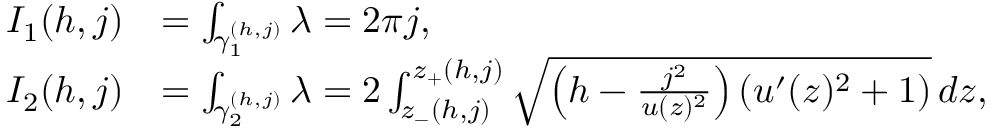
\begin{array} { r l } { I _ { 1 } ( h , j ) } & { = \int _ { \gamma _ { 1 } ^ { ( h , j ) } } \lambda = 2 \pi j , } \\ { I _ { 2 } ( h , j ) } & { = \int _ { \gamma _ { 2 } ^ { ( h , j ) } } \lambda = 2 \int _ { z _ { - } ( h , j ) } ^ { z _ { + } ( h , j ) } \sqrt { \left( h - \frac { j ^ { 2 } } { u ( z ) ^ { 2 } } \right) ( u ^ { \prime } ( z ) ^ { 2 } + 1 ) } \, d z , } \end{array}